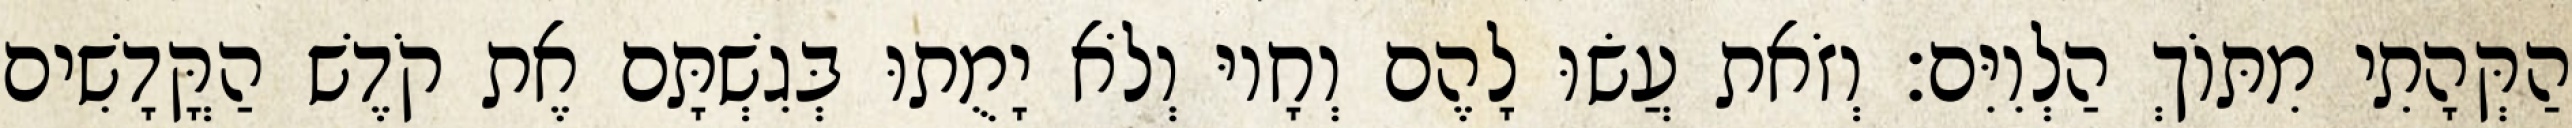
הַקְּהָתִי מִתּוֹךְ הַלְוִיִּם׃ וְזֹאת עֲשׂוּ לָהֶם וְחָיוּ וְלֹא יָמֻתוּ בְּגִשְׁתָּם אֶת קֹדֶשׁ הַקֳּדָשִׁים